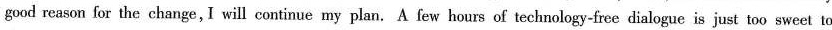
good reason for the change,I will continue my plan.A few hours of technology-free dialogue is just too sweet to